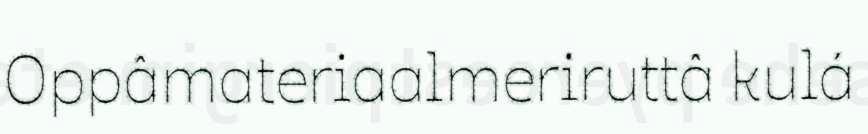
Oppâmateriaalmeriruttâ kulá